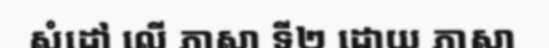
សំដៅ លើ ភាសា ទី២ ដោយ ភាសា